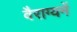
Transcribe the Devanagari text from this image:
वैराग्यमें